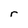
Character: r